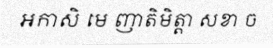
អកាសិ មេ ញាតិមិត្តា សខា ច